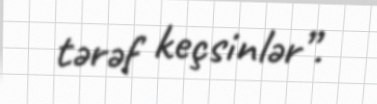
tərəf keçsinlər”.